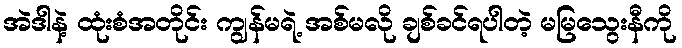
အဲဒါနဲ့ ထုံးစံအတိုင်း ကျွန်မရဲ့ အစ်မလို ချစ်ခင်ရပါတဲ့ မမြသွေးနီကို